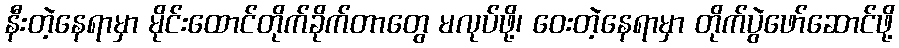
နီးတဲ့နေရာမှာ မိုင်းထောင်တိုက်ခိုက်တာတွေ မလုပ်ဖို့၊ ဝေးတဲ့နေရာမှာ တိုက်ပွဲဖော်ဆောင်ဖို့